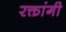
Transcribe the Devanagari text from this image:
रक्तांगी